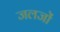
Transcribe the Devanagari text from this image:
जलजों